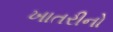
ખાતરીનો